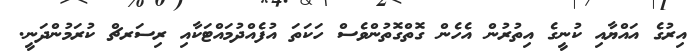
އިރުގެ އައްޔާއި ކުނީގެ އިތުރުން އެހެން ގޮތްގޮތުންވެސް ހަކަތަ އުފެއްދުމައްޓަކާއި ރިސަރޗް ކުރަމުންދަނީ.